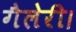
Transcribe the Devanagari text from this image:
गैलेरी।